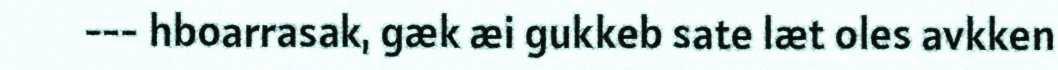
--- hboarrasak, gæk æi gukkeb sate læt oles avkken